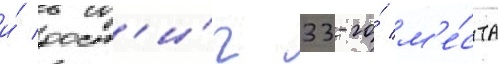
и́ дост'и́г 33-го́ м'е́ста